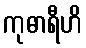
ကုဓာရီဟိ